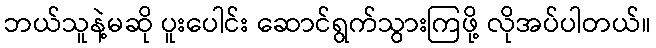
ဘယ်သူနဲ့မဆို ပူးပေါင်း ဆောင်ရွက်သွားကြဖို့ လိုအပ်ပါတယ်။